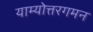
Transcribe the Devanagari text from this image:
याम्योत्तरगमन